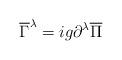
LaTeX: \begin{align*}\overline{\Gamma}^{\lambda} = ig \partial^{\lambda}\overline{\Pi}\end{align*}